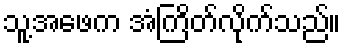
သူ့အဖေက အံကြိတ်လိုက်သည်။